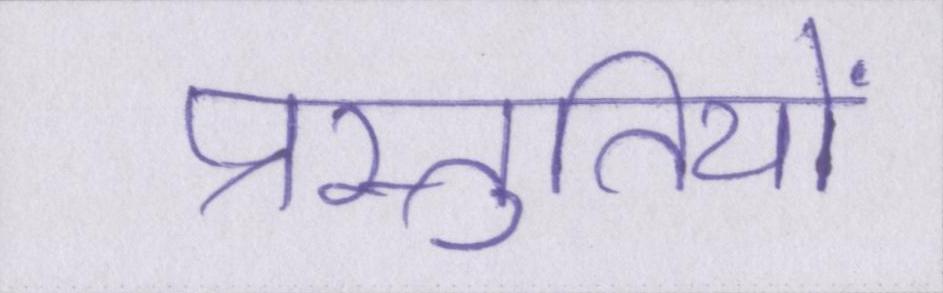
प्रस्तुतियों